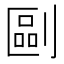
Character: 剾